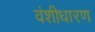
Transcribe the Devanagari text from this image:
वंशीधारण